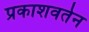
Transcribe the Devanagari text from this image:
प्रकाशवर्तन